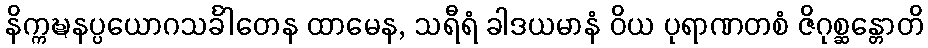
နိက္ကဍ္ဎနပ္ပယောဂသင်္ခါတေန ထာမေန, သရီရံ ခါဒယမာနံ ဝိယ ပုရာဏတစံ ဇိဂုစ္ဆန္တောတိ